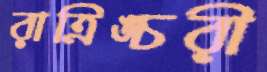
রাত্রিঙ্চরী